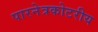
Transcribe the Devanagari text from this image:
पारनेत्रकोटरीय